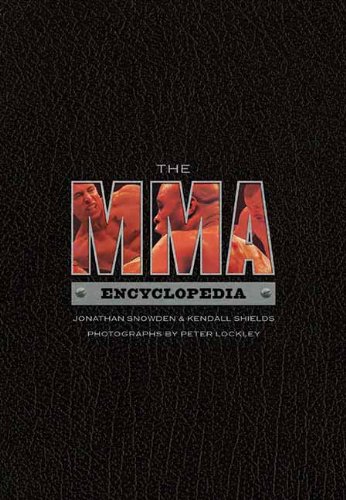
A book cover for The MMA Encyclopedia; Jonathan Snowden; Sports & Outdoors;